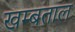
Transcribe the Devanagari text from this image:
खम्बताल